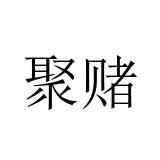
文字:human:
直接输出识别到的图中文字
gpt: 聚赌